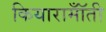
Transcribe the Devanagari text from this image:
कियारामॉँती